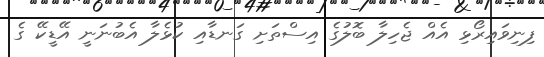
ފިނިވައިރޯޅި އެއް ޖެހިލާ ބޮލުގެ އިސްތަށި ގަނޑާއި ކުޅެލާ އެބުނަނީ އޭޑީކޭ ގެ